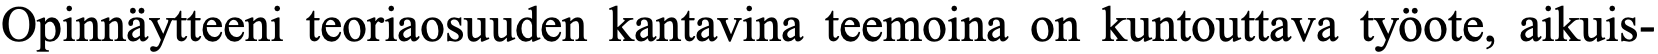
Opinnäytteeni teoriaosuuden kantavina teemoina on kuntouttava työote, aikuis-